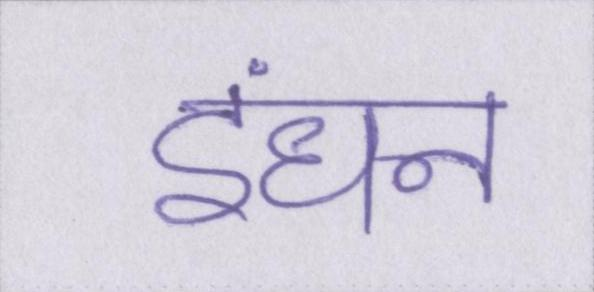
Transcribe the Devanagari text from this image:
इंधन